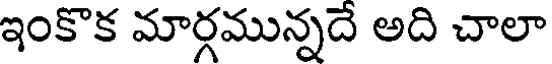
ఇంకొక మార్గమున్నదే అది చాలా